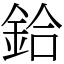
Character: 鉿